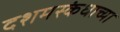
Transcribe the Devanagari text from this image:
दशमस्कंधाच्या